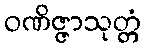
ဝဏိဇ္ဇာသုတ္တံ